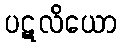
ပဋလိယော